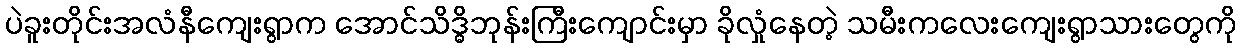
ပဲခူးတိုင်းအလံနီကျေးရွာက အောင်သိဒ္ဓိဘုန်းကြီးကျောင်းမှာ ခိုလှုံနေတဲ့ သမီးကလေးကျေးရွာသားတွေကို